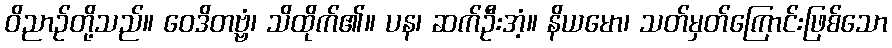
ဝိညာဉ်တို့သည်။ ဝေဒိတဗ္ဗံ၊ သိထိုက်၏။ ပန၊ ဆက်ဦးအံ့။ နိယမော၊ သတ်မှတ်ကြောင်းဖြစ်သော